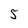
Character: 5